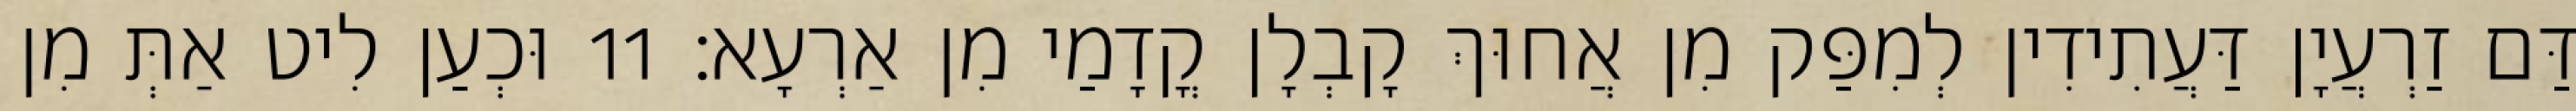
דַּם זַרְעֲיָן דַּעֲתִידִין לְמִפַּק מִן אֲחוּךְ קָבְלָן קֳדָמַי מִן אַרְעָא׃ 11 וּכְעַן לִיט אַתְּ מִן